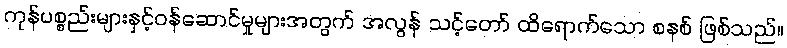
ကုန်ပစ္စည်းများနှင့်ဝန်ဆောင်မှုများအတွက် အလွန် သင့်တော် ထိရောက်သော စနစ် ဖြစ်သည်။